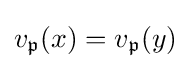
v_{\mathfrak {p}}(x)=v_{\mathfrak {p}}(y)